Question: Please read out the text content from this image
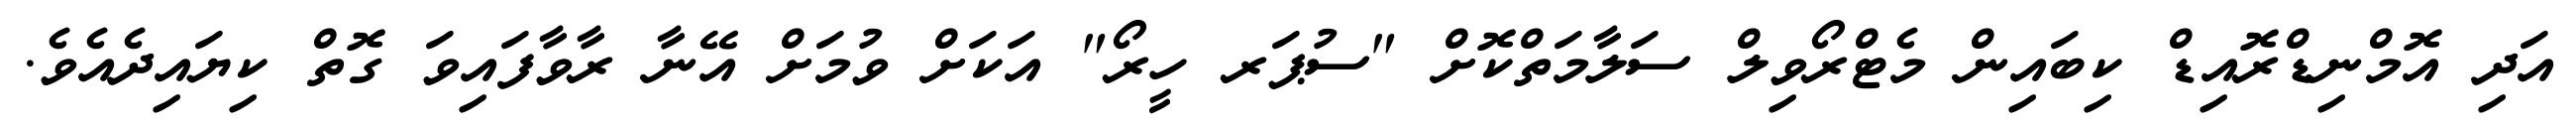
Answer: އަދި އޮމްނިޑްރޮއިޑް ކިބައިން މެޓްރޯވިލް ސަލާމަތްކޮށް "ސުޕަރ ހީރޯ" އަކަށް ވުމަށް އޭނާ ރާވާފައިވަ ގޮތް ކިޔައިދެއެވެ.